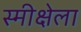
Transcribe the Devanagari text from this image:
स्मीक्षेला